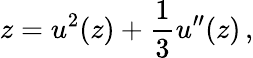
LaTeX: z=u^{2}(z)+{\frac{1}{3}}u^{\prime\prime}(z)\, ,